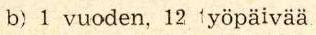
b) 1 vuoden, 12 työpäivää.